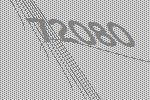
72080